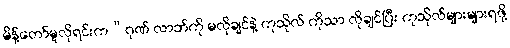
မိန့်တော်မူလိုရင်းက“ဂုဏ် လာဘ်ကို မလိုချင်နဲ့ ကုသိုလ် ကိုသာ လိုချင်ပြီး ကုသိုလ်များများရဖို့